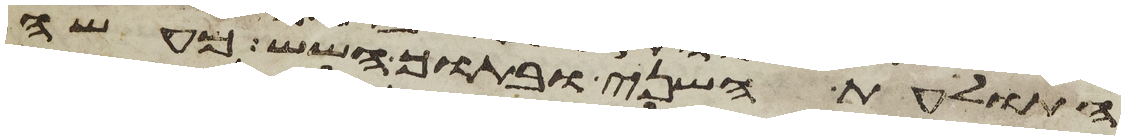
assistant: התולעת השני ובתוך השש מעשה